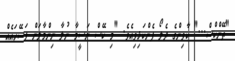
"ތޭންކްސް..." ކާވިންގެ ދެލޯ ފެންކަޅިވިއެވެ. "މި ކޭސް ނަސީމާ ނުލާ ނިންމާލަން ފަސޭހައެއް